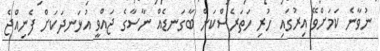
ނުވާނެ ކަމަށްވޭ އިރުގައި ހުރި ހަތަރެސްކަން ބާގަނޑެއް ނާސާގެ ޖައްވީ އުޅަނދަކަށް ފެނިއްޖެ